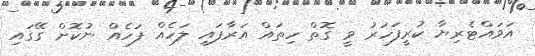
އަވައްޓެރިޔާ ކުރީފަހަރު ވީ ގޮތް ހިތައް އަރާފައި ލަހެއް ފަހެއް ނުކޮށް ގޭގައި